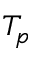
T _ { p }